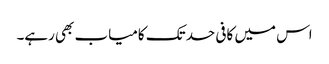
اس میں کافی حد تک کامیاب بھی رہے۔